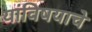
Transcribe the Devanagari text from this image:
यांविषयाचे